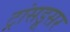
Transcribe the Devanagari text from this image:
ट्रांसडूसर